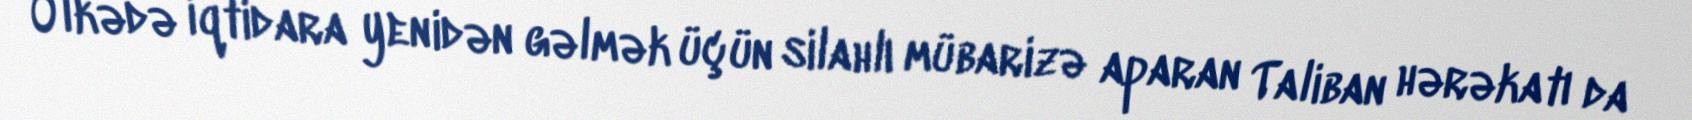
Ölkədə iqtidara yenidən gəlmək üçün silahlı mübarizə aparan Taliban hərəkatı da